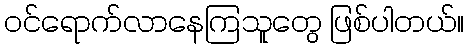
ဝင်ရောက်လာနေကြသူတွေ ဖြစ်ပါတယ်။